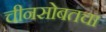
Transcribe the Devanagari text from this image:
चीनसोबतचा